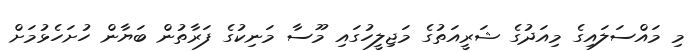
މި މައްސަލައިގެ މިއަދުގެ ޝަރީއަތުގެ މަޖިލީހުގައި މޫސާ މަނިކުގެ ފަރާތުން ބަޔާން ހުށަހެޅުމަށް